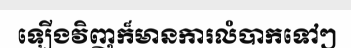
ឡើងវិញក៏មានការលំបាកទៅៗ